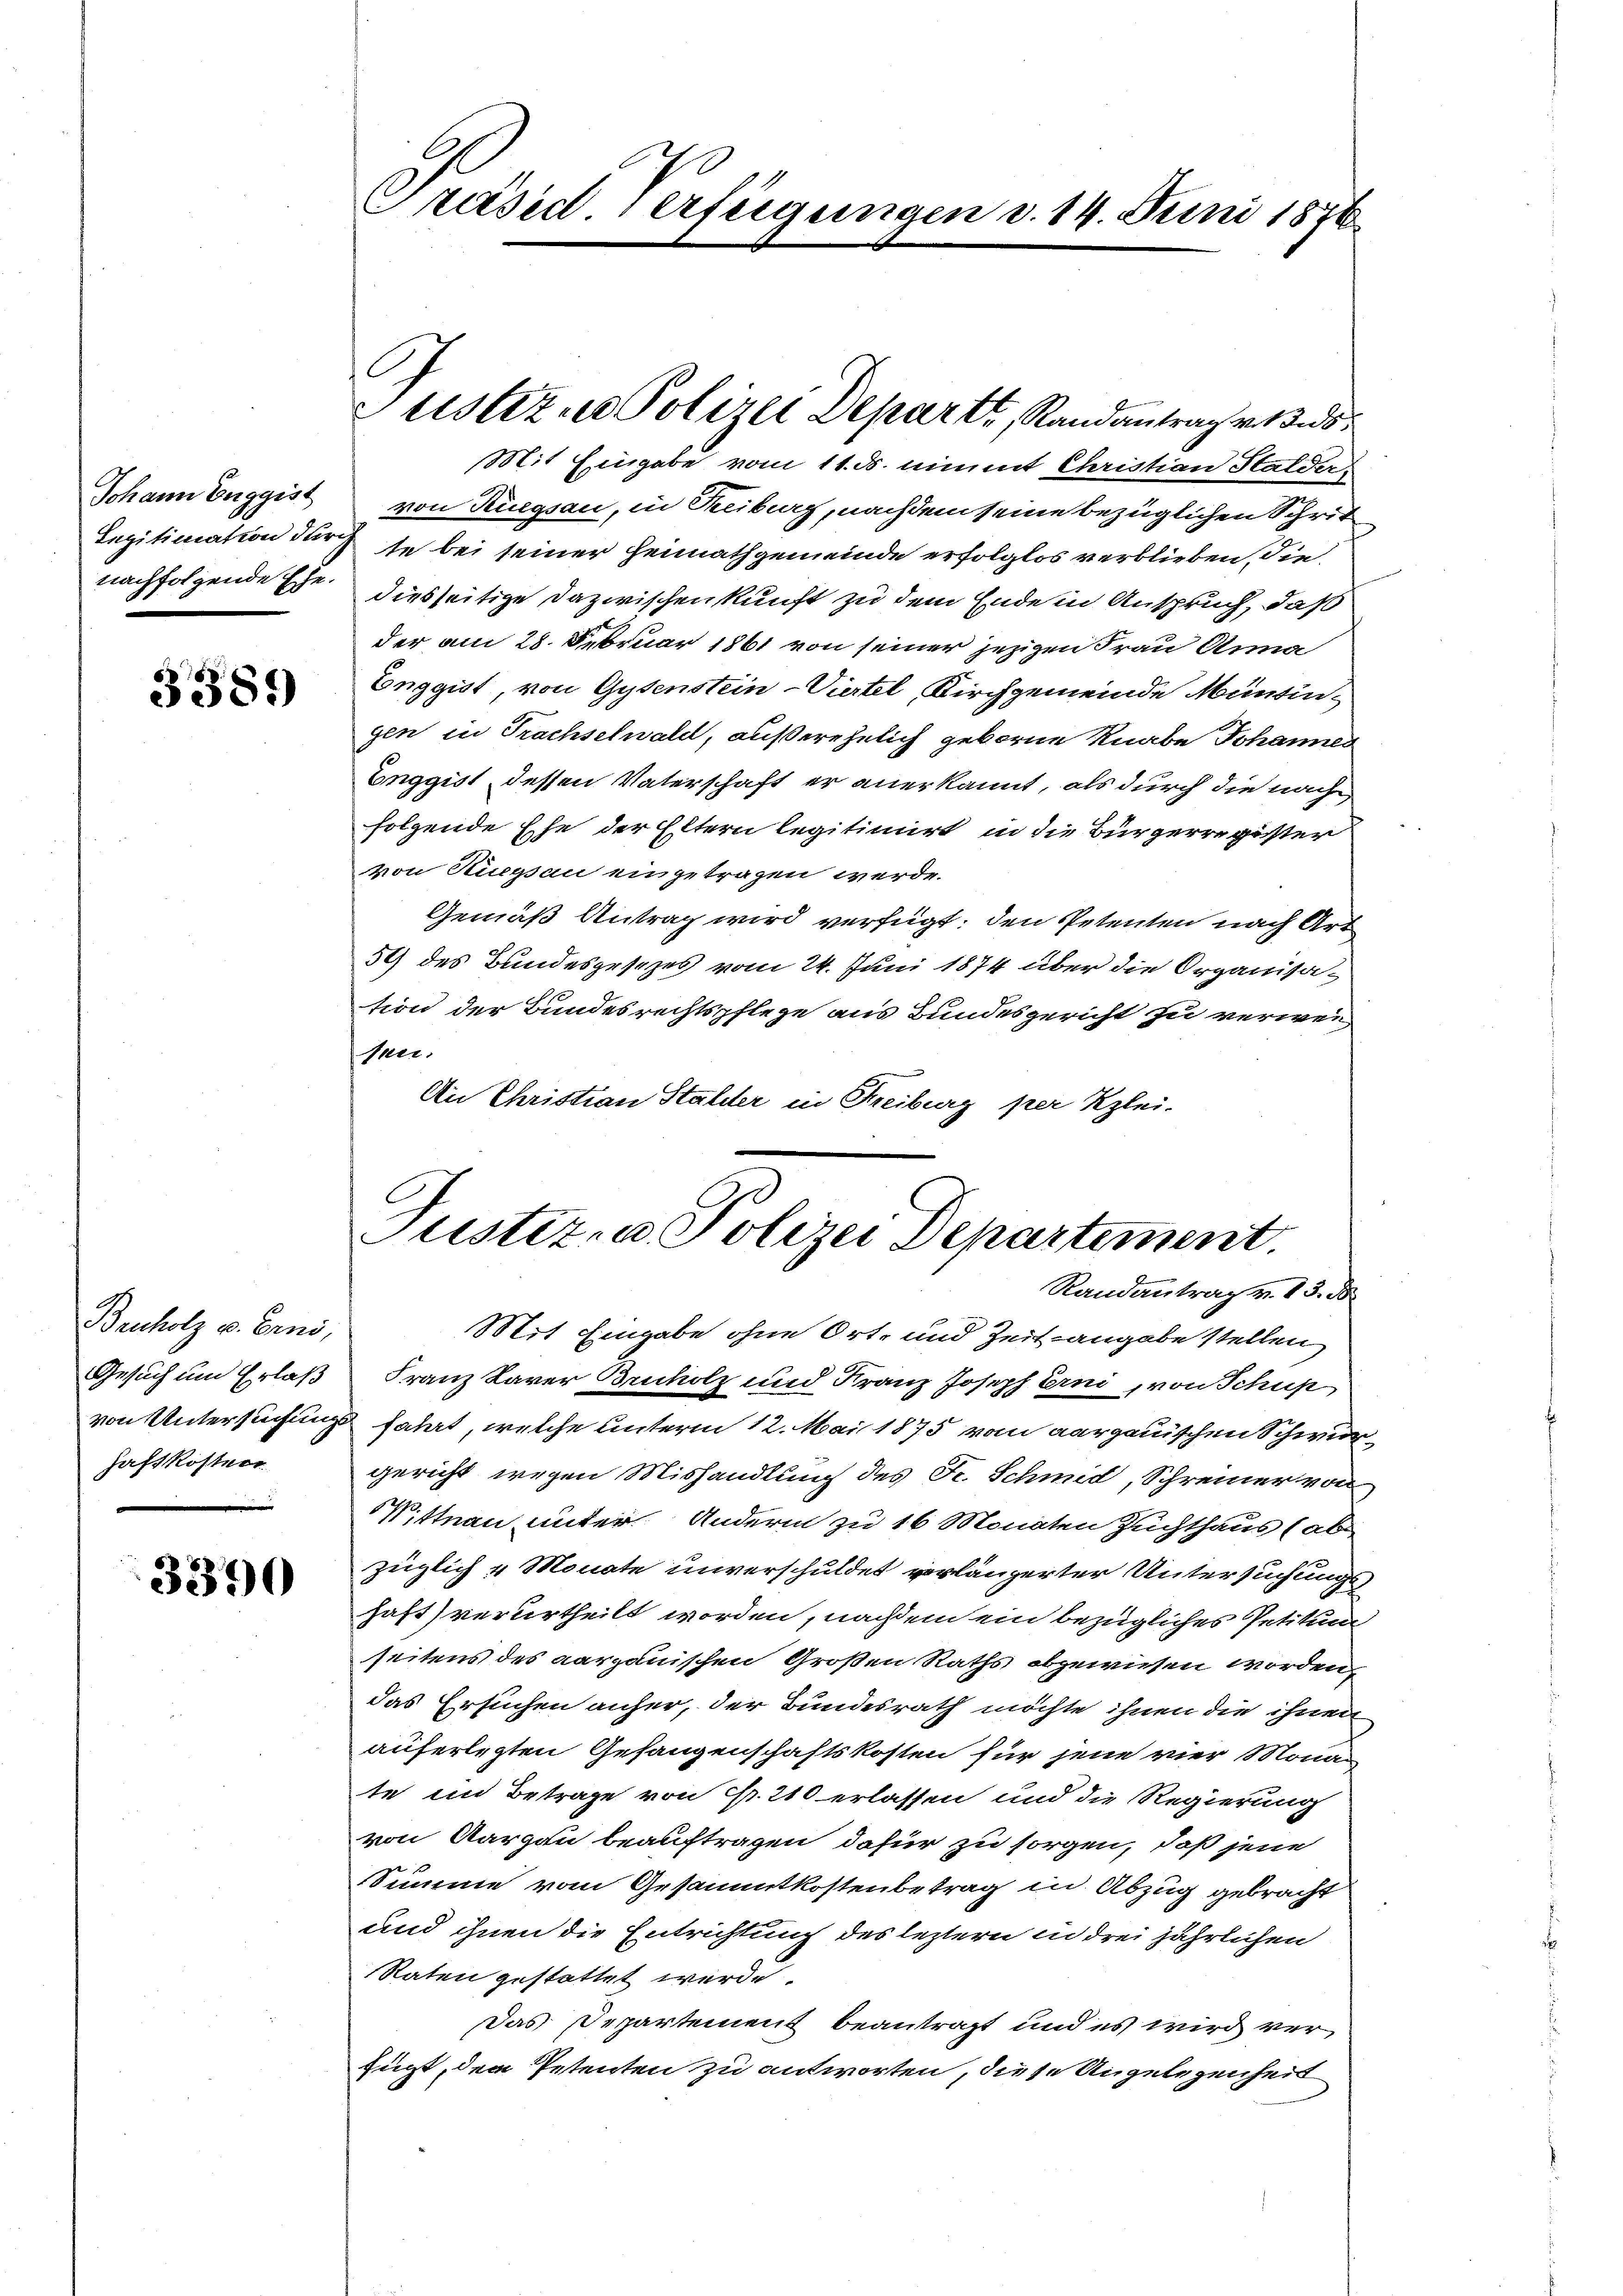
Johann Euggist
nachfolgende Ehe.

3389)

Bauholz v. Enns,
Gesuch um Erlaß
von Untersuchung
haft kostner

3390

Gräsed verfügungen d. 14. Juni 1876

Justizur Polizei Departi, Randantrag von

Mit Eingabe vom 11. ds. nimmt Christian Stalder,
von Ruegsau, in Treiburg, nachdem seine bezüglichen Schrit
Legitimation durchte bei seiner Heimathgemeinde erfolglos verblieben, diediesseitige Dazwischen kunft zu dem Ende in Anspruch, daß
der am 28. Februar 1861 von seiner jezigen Frau Anna
Enggist, von Gysenstein-Viertel, Kirchgemeinde Münsingen in Trachselwald, außerehelich geborne Knabe Johannes
Enggist dessen Vaterschaft er anerkannt, als durch die nach
folgende Ehe der Eltern legitimirt, in die Bürgerregister
von Ruegsau eingetragen werde.
Gemäß Antrag wird verfügt: den Petenten nach Art
54) des Bundesgesezes vom 24. Juni 1874 über die Organisation der Bundesrechtspflege aus Bundesgericht zu verwen
Maer.
An Christian Stalder in Freiburg per Klei¬
Mit Eingabe ohne Ort- und Zeit angabe stellen,
Franz Larer Brucholz und Franz Joseph Erni, von Schup
 fahrt, welche unterm 12. Mai 1875 vom aargauischen Schwurgericht wegen Mishandlung des Fr. Schmid, Schreiner von
Wittnau unter Andern zu 16 Monaten Zuchthaus (ab
züglich 4 Monate unverschuldet verlängerter Untersuchungshaft) verurtheilt worden, nachdem ein bezügliches Petitum
seitens des aargauischen Großen Raths abgewiesen worden,
das Ersuchen anher, der Bundesrath möchte ihnen die ihnen
auferlegten Gefangenschaftskosten für jene vier Mona-
te im Betrage von Fr. 210 erlassen und die Regierung
von Aargau beauftragen dafür zu sorgen, daß jene
Summe vom Gesammtkostenbetrag in Abzug gebracht
und ihnen die Entrichtung des leztern in drei jährlichen
Raten gestattet werde.
Das Separtement beantragt und es wird verfügt, dem Petenten zu antworten, diese Angelegenheit

Justiz- u. Polizei Departement.
Randantrag v. 13. d